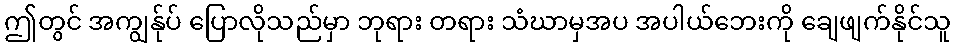
ဤတွင် အကျွန်ုပ် ပြောလိုသည်မှာ ဘုရား တရား သံဃာမှအပ အပါယ်ဘေးကို ချေဖျက်နိုင်သူ